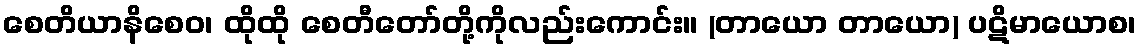
စေတိယာနိစေဝ၊ ထိုထို စေတီတော်တို့ကိုလည်းကောင်း။ (တာယော တာယော) ပဋိမာယောစ၊